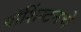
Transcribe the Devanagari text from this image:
वॉशिंग्टनचे